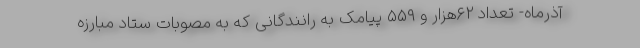
آذرماه- تعداد ۶۲هزار و ۵۵۹ پیامک به رانندگانی که به مصوبات ستاد مبارزه